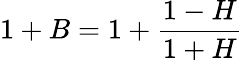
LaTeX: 1+B=1+\frac{1-H}{1+H}